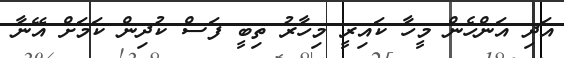
އަދި އަންހެން މީހާ ކައިރީ މިހާރު ތިބީ ފަސް ކުދިން ކަމަށް އޭނާ